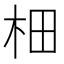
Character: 𣐬